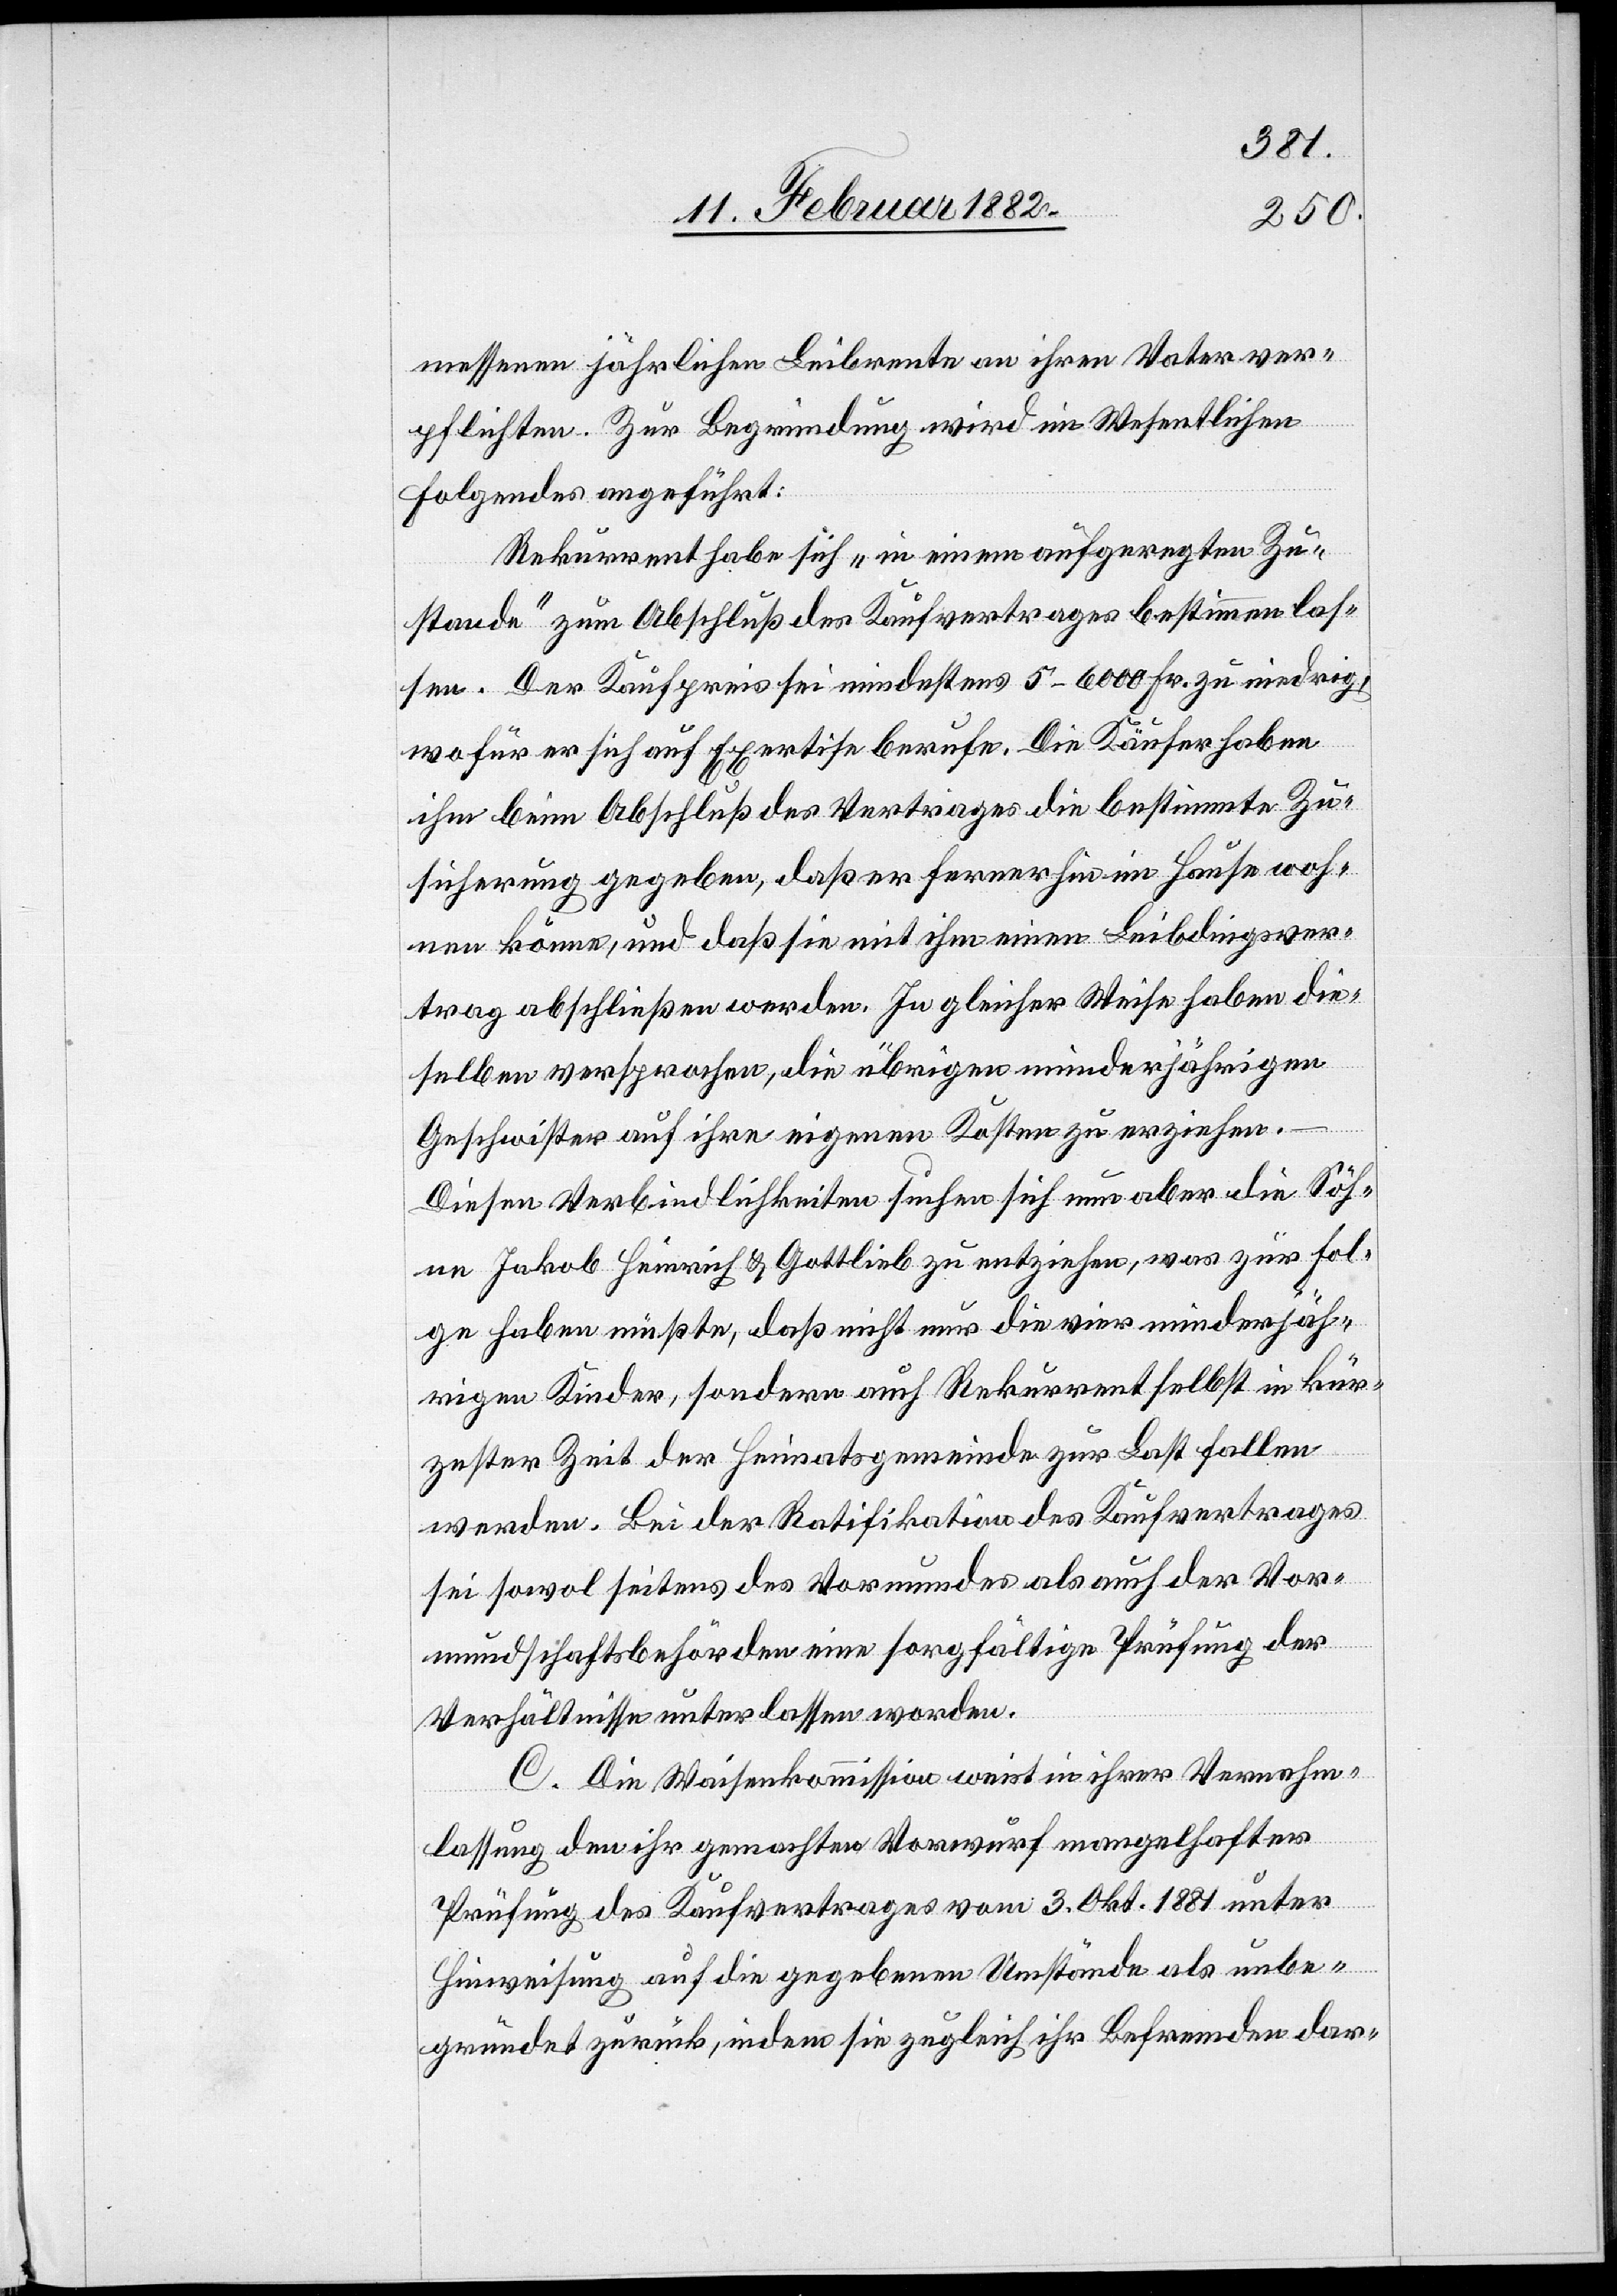
messenen jährlichen Leibrente an ihren Vater ver¬
pflichten. Zur Begründung wird im Wesentlichen
Folgendes angeführt:
Rekurrent habe sich „in einem aufgeregten Zu¬
stande“ zum Abschluß des Kaufvertrages bestimmen las¬
sen. Der Kaufpreis sei mindestens 5–6000 Fr. zu niedrig,
wofür er sich auf Expertise berufe. Die Käufer haben
ihm beim Abschluß des Vertrages die bestimmte Zu¬
sicherung gegeben, daß er ferner hin im Hause woh¬
nen könne, und daß sie mit ihm einen Leibdingsver¬
trag abschließen werden. In gleicher Weise haben die¬
selben versprochen, die übrigen minderjährigen
Geschwister auf ihre eigenen Kosten zu erziehen.
Diesen Verbindlichkeiten suchen sich nun aber die Söh¬
ne Jakob Heinrich & Gottlieb zu entziehen, was zur Fol¬
ge haben müße, daß nicht nur die vier minderjäh¬
rigen Kinder, sondern auch Rekurrent selbst in kür¬
zester Zeit der Heimatsgemeinde zur Last fallen
werden. Bei der Ratifikation des Kaufvertrages
sei sowol seitens des Vormundes als auch der Vor¬
mundschaftsbehörde eine sorgfältige Prüfung der
Verhältnisse unterlassen worden.
C. Die Waisenkommission weist in ihrer Vernehm¬
lassung den ihr gemachten Vorwurf mangelhafter
Prüfung des Kaufvertrages vom 3. Okt. 1881 unter
Hinweisung auf die gegebenen Umstände als unbe¬
gründet zurück, indem sie zugleich ihr Befremden dar-